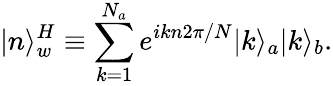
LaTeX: |n\rangle_{w}^{H}\equiv\sum_{k=1}^{N_{a}}e^{ikn2\pi/N}|k\rangle_{a}|k\rangle_{b}.